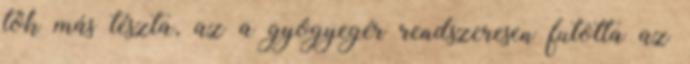
tök más tészta, az a gyógyegér rendszeresen futotta az